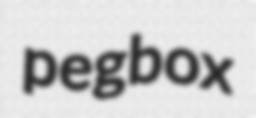
pegbox